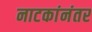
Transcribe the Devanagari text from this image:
नाटकांनंतर